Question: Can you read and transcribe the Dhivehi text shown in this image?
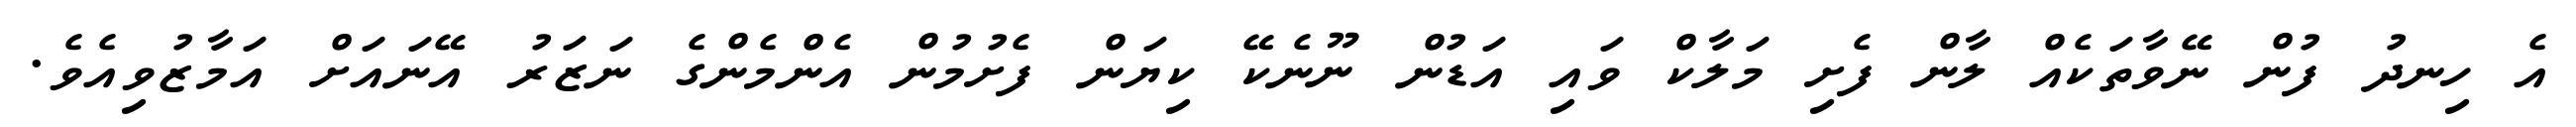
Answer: އެ ހިނދު ފުން ނޭވާތަކެއް ލާން ފެށި މަލާކް ވައި އަޑުން ނޫނެކޭ ކިޔަން ފެށުމުން އެންމެންގެ ނަޒަރު އޭނައަށް އަމާޒުވިއެވެ.